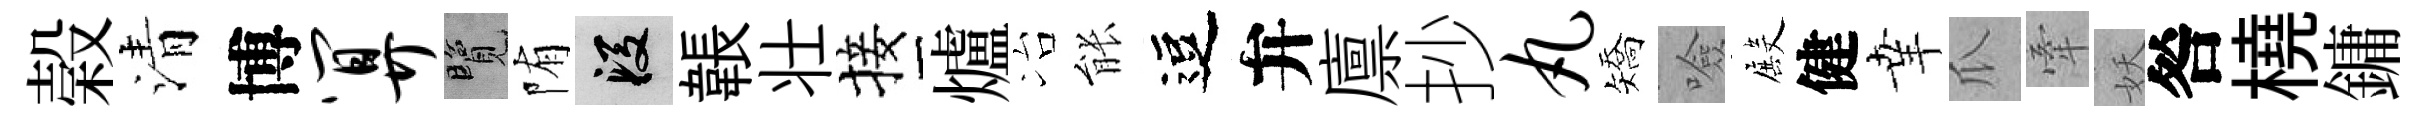
榖清博算覽陏段韔壮接爐冶䏻逗弁廪抄丸矯噞殿健𦍒瓜牽妖咎橈鏞